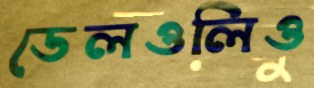
ডেলওলিও